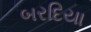
બરદિયા